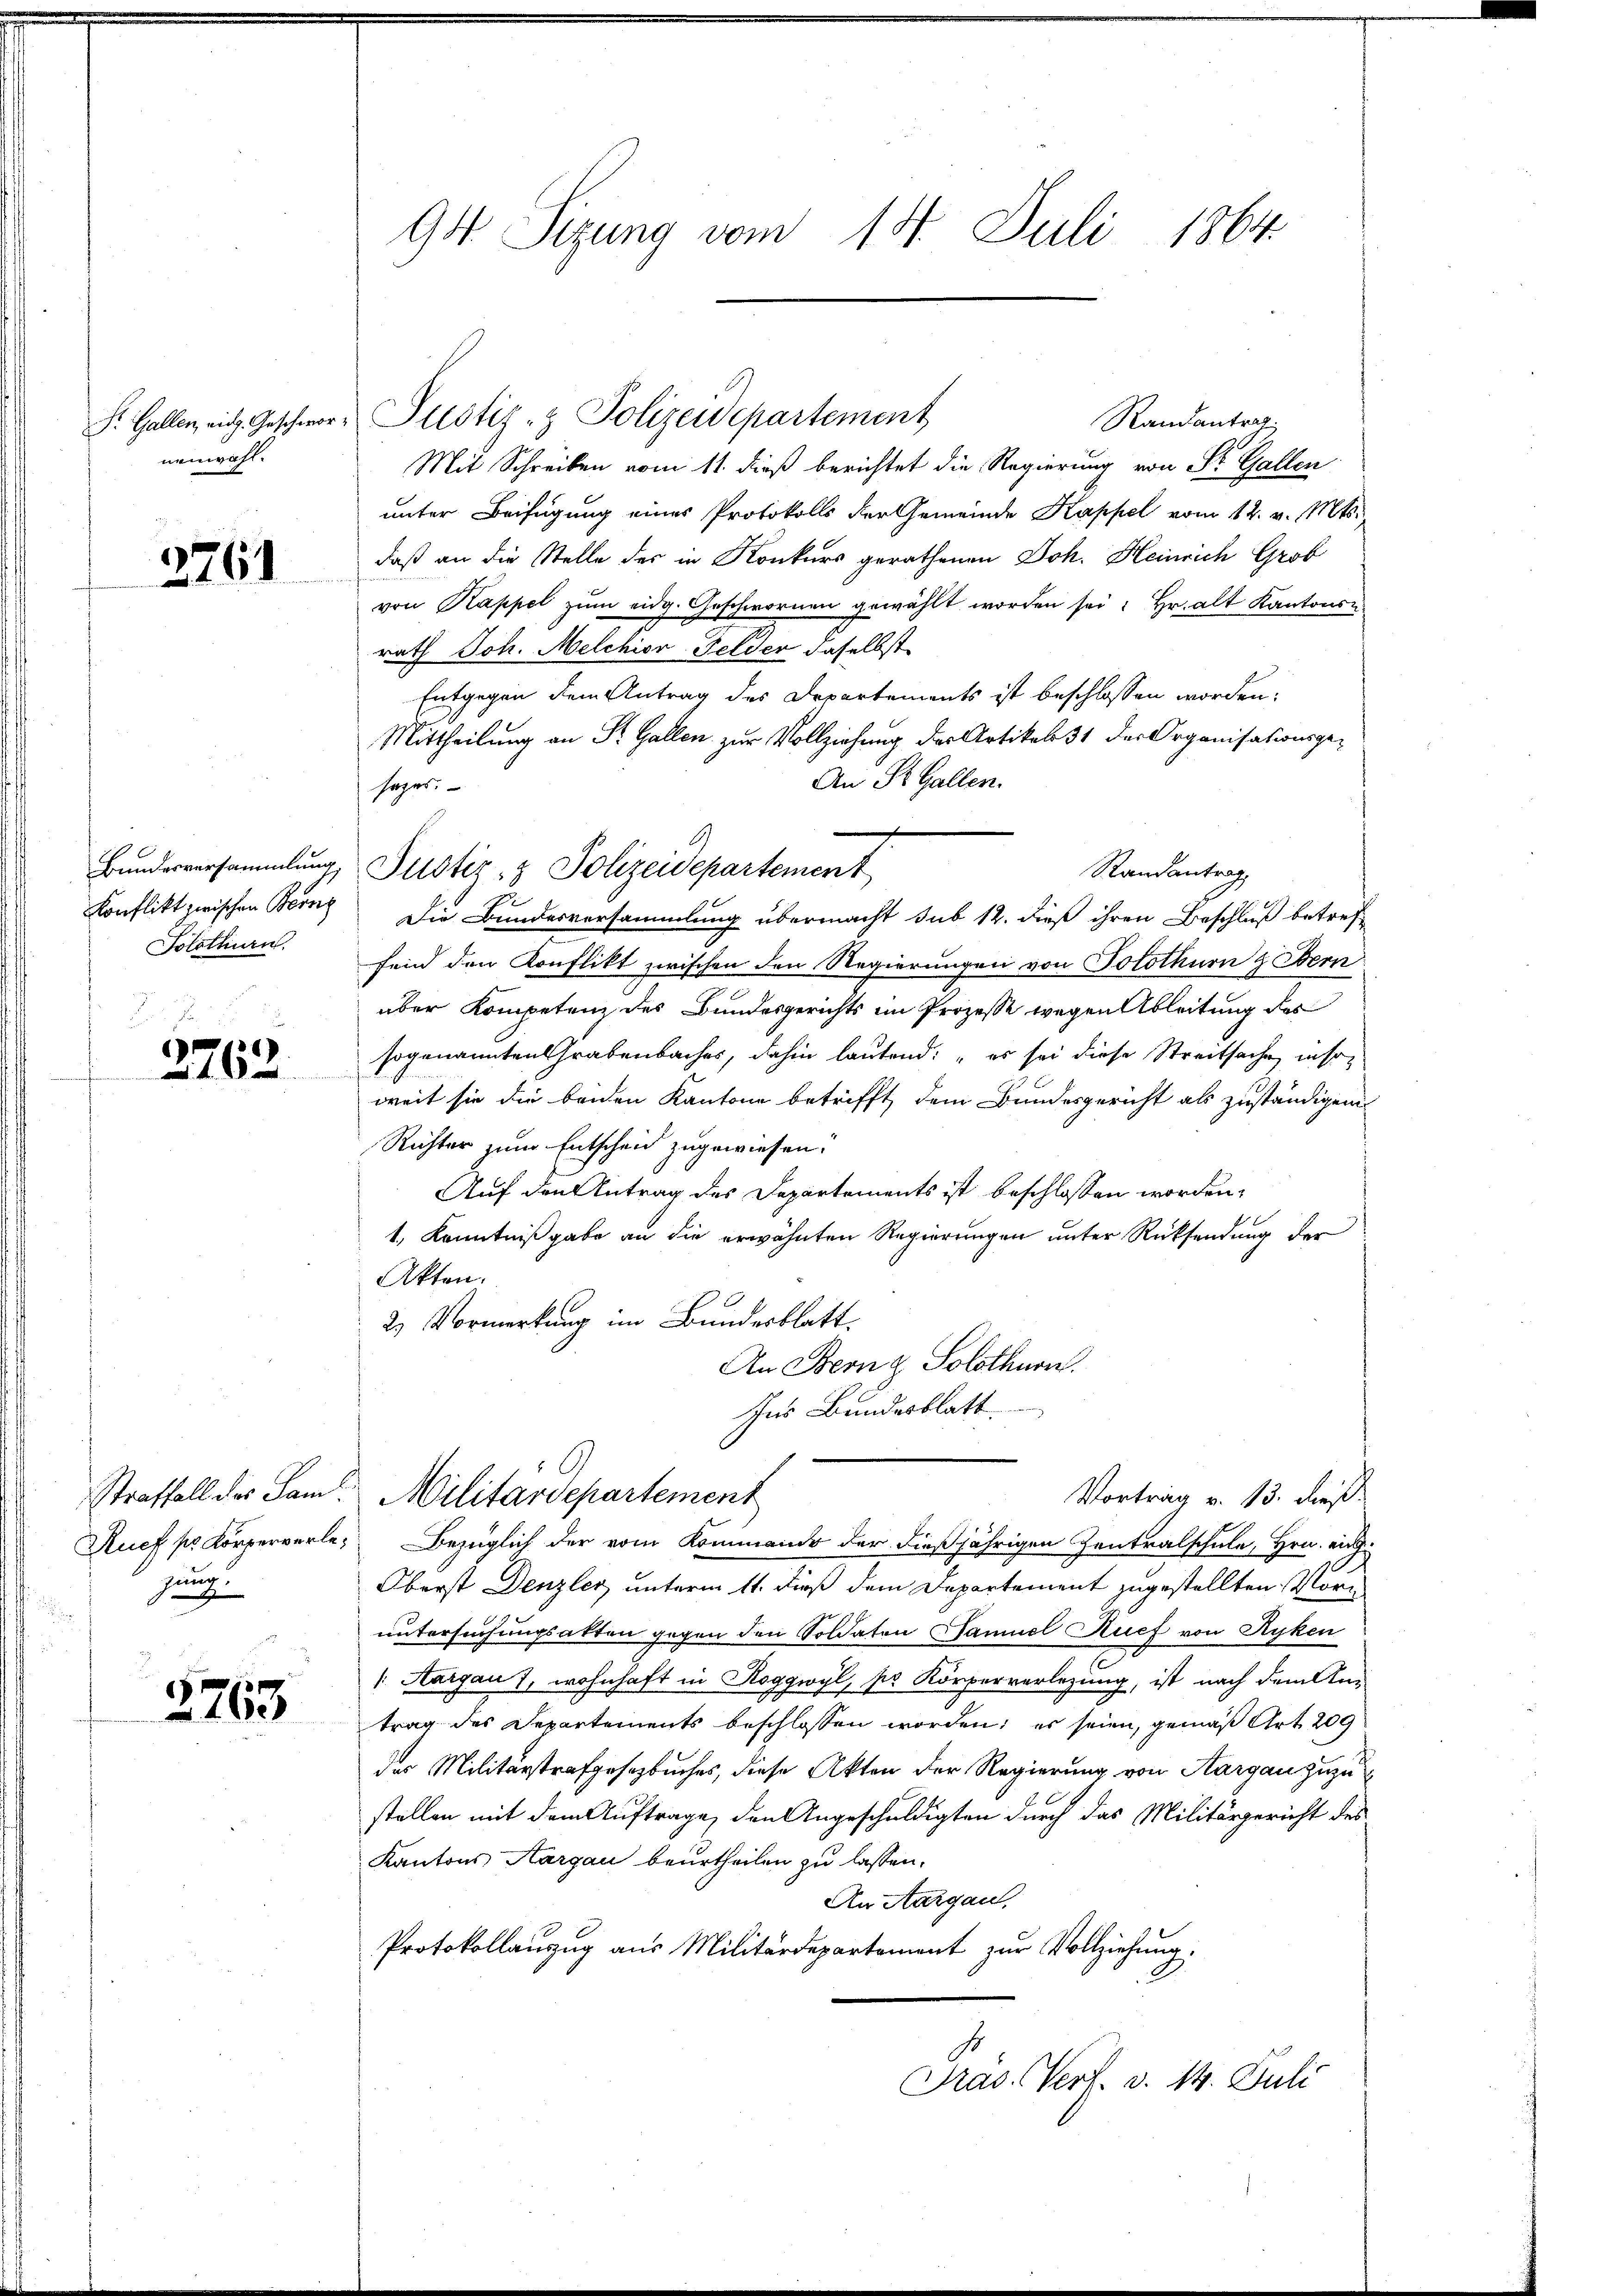
Pr. Gallen, eidg. Geschwor
nenwahl.

2761

Bundesversammlung,
Konflikt zwischen Bern
Solothurn.

2762.

Straffall des Saml
Ruef pr. Körperverle,
hung.

2763

94 Sizung vom 14. Juli 1864.

Randantrag.
Mit Schreiben vom 11. dieß berichtet die Regierung von Sr. Gallen
unter Beifügung eines Protokolls der Gemeinde Kappel vom 12. v. Mts.
daß an die Stelle des in Konkurs gerathenen Joh. Heinrich Grob
von Kappel zŭm eidg. Geschwornen gewählt worden sei. Hr. alt Kantons-
rath Joh. Melchior Felder daselbst
Entgegen dem Antrag des Departements ist beschlossen worden.
Mittheilung an St. Gallen zur Vollziehung des Artikel 31 des Organisationsge¬
An St. Gallen.
sezes.
Die Bundesversammlung übermacht sub 12. dieß ihren Beschluß betreff
fein den Konflikt zwischen den Regierungen von Solothurn z Bern
über Kompetenz des Bundesgerichts im Prozesse wegen Ableitung des
sogenannten Grabenbaches, dahin lautend: „es sei diese Streitsache, insoweit sie die beiden Kantone betrifft dem Bundesgericht als zuständigen
Richter zum Entscheid zugewiesen.
Auf den Antrag des Departements ist beschlossen worden,
1., Kenntnißgabe an die erwähnten Regierungen unter Rücksendung der
Akten.
2) Vormerkung im Bundesblatt
An Bern z. Solothurn.
Ins Bundesblatt.
Militärdepartement
Vortrag v. 13. dieß.
Bezüglich der vom Kommando der dießjährigen Zentralschule, Hrn. Aug.
Oberst Denzler unterm 11. dieß dem Departement zugestellten Voruntersuchungsakten gegen den Soldaten Samuel Ruef von Ryken
1. Margau 7, wohnhaft in Roggwyl, so Körperverlegung, ist nach dem An-
trag des Departements beschlossen worden; es seien, gemäß Art. 209
der Militärstrafgesetzbuches, diese Akten der Regierung von Aargau zuzu
stellen mit dem Auftrage, den Angeschuldigten durch das Militärgericht des
Kantons Aargau beurtheilen zu lassen.
An Aargau,
Protokollauszug aus Militärdepartement zur Vollziehung.
Pras. Verf. v. 14. Juli

Justiz- & Polizeidepartement

Justiz- & Polizeidepartement
Randantrag